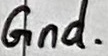
Text: Gnd.